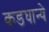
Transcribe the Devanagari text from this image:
कडघान्ये